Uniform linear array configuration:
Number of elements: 32
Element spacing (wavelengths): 0.75
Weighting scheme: exponential
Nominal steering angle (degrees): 0
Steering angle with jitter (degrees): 0.2826
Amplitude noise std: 0.05
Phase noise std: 0.05

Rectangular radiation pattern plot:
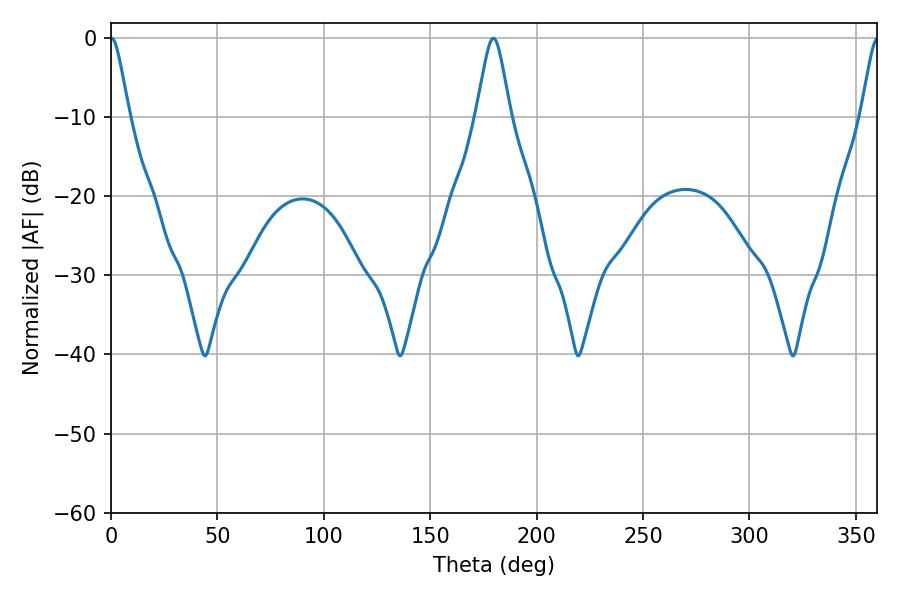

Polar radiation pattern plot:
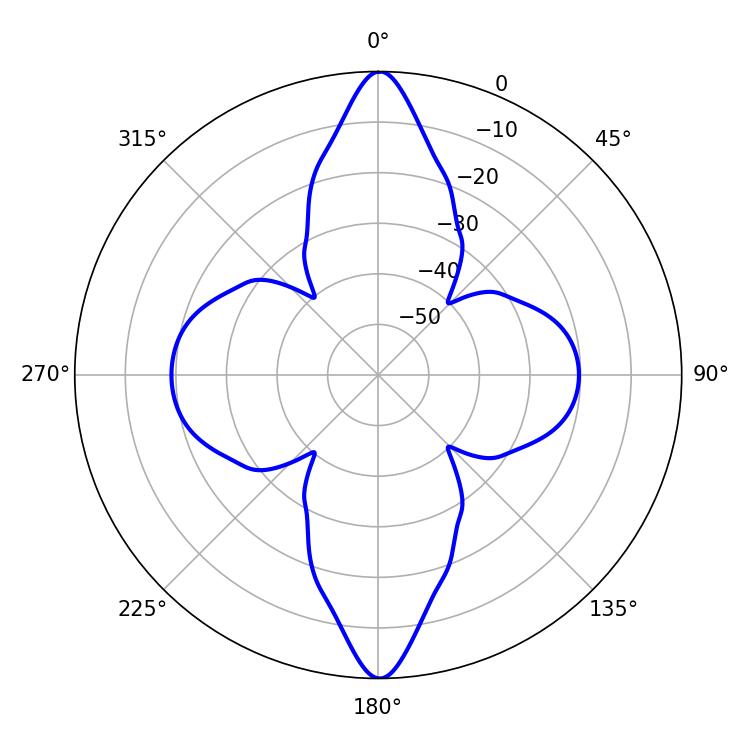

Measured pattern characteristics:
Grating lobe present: TRUE
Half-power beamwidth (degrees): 4.14
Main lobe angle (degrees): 0.36